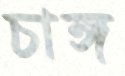
চাঙ্গ